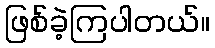
ဖြစ်ခဲ့ကြပါတယ်။